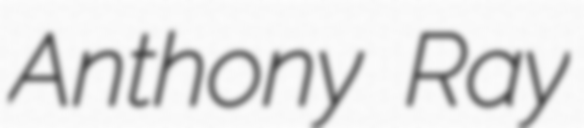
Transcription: Anthony Ray